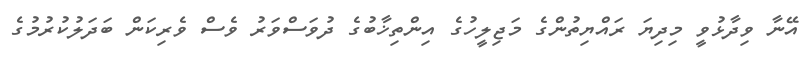
އޭނާ ވިދާޅުވީ މިދިޔަ ރައްޔިތުންގެ މަޖިލީހުގެ އިންތިޚާބުގެ ދުވަސްވަރު ވެސް ވެރިކަން ބަދަލުކުރުމުގެ